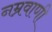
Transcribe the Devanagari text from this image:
नम्रवाणी